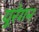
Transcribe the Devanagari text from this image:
यूरेगन